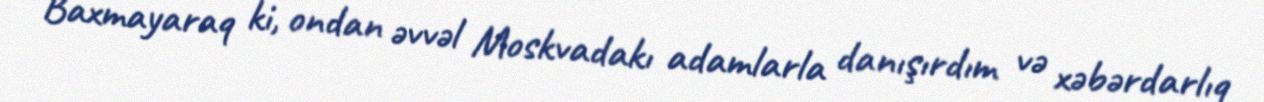
Baxmayaraq ki, ondan əvvəl Moskvadakı adamlarla danışırdım və xəbərdarlıq